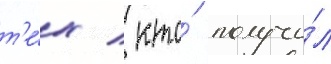
т'е́х / кто́ получи́л